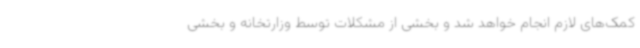
کمک‌های لازم انجام خواهد شد و بخشی از مشکلات توسط وزارتخانه و بخشی